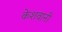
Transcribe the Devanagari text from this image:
केशवानी